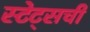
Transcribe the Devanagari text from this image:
स्टेट्सची